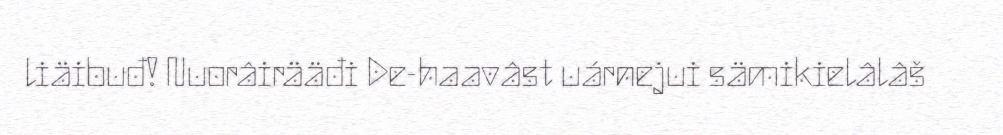
liäibuđ! Nuorâirääđi De-haavâst uárnejui sämikielâlâš